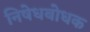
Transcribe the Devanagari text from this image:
निषेधबोधक